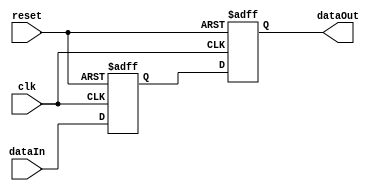
module uctl_synchronizer #(
   parameter BYPASS      = 0

)(
   input  wire clk    ,
   input  wire reset  ,
   input  wire dataIn ,

   output wire dataOut
   );


   reg  flop1Out;
   reg  flop2Out;

   generate begin
      if (BYPASS == 0) begin
         always@(posedge clk or negedge reset)begin
            if(!reset)begin
               flop1Out <= 1'b0;
               flop2Out <= 1'b0;
            end
            else begin
               flop1Out <= dataIn;
               flop2Out <= flop1Out;
            end
         end
         assign dataOut =  flop2Out; 
      end
      else begin
         assign dataOut =  dataIn; 
      end
   end
   endgenerate

endmodule